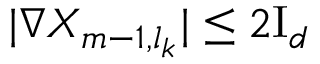
| \nabla X _ { m - 1 , l _ { k } } | \leq 2 \ensuremath { \mathrm { I } _ { d } }